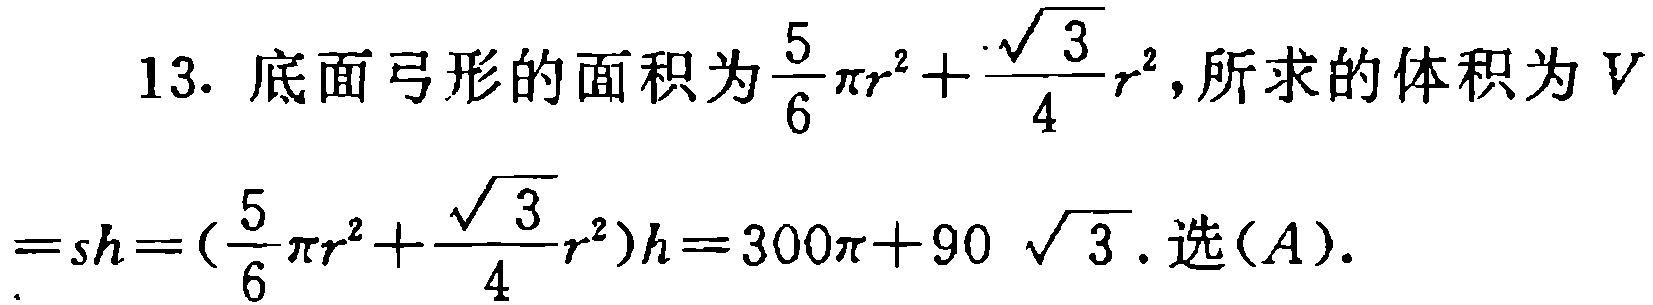
13. 底面弓形的面积为$\frac{5}{6}\pi r^{2}+\frac{\sqrt{3}}{4}r^{2}$,所求的体积为$V$

$=sh = (\frac{5}{6}\pi r^{2}+\frac{\sqrt{3}}{4}r^{2})h = 300\pi+90\sqrt{3}$. 选$(A)$.